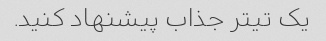
یک تیتر جذاب پیشنهاد کنید.